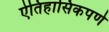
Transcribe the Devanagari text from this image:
ऐतिहासिकपणे